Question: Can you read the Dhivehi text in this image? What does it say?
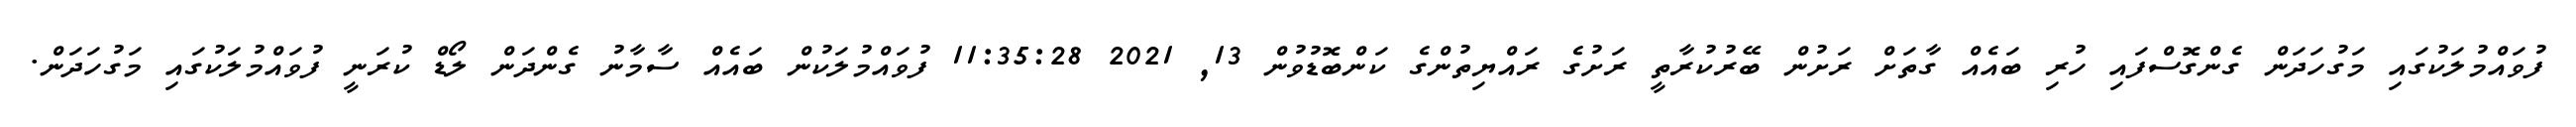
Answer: ފުވައްމުލަކުގައި މަގުހަދަން ގެންގޮސްފައި ހުރި ބައެއް ގާތަށް ރަށުން ބޭރުކުރާތީ ރަށުގެ ރައްޔިތުންގެ ކަންބޮޑުވުން 13, 2021 11:35:28 ފުވައްމުލަކުން ބައެއް ސާމާނު ގެންދަން ލޯޑް ކުރަނީ ފުވައްމުލަކުގައި މަގުހަދަން.